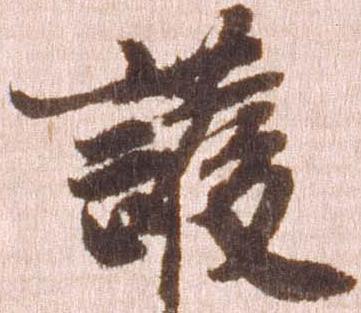
護